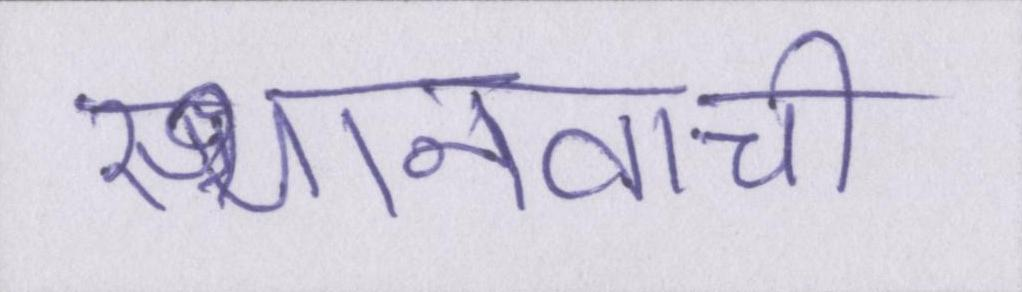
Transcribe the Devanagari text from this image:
स्थानवाची